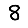
Digit: 8